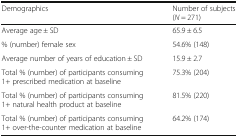
<table><thead><tr><td><b>Demographics</b></td><td><b>Number of subjects (<i>N</i> = 271)</b></td></tr></thead><tbody><tr><td>Average age ± SD</td><td>65.9 ± 6.5</td></tr><tr><td>% (number) female sex</td><td>54.6% (148)</td></tr><tr><td>Average number of years of education ± SD</td><td>15.9 ± 2.7</td></tr><tr><td>Total % (number) of participants consuming 1+ prescribed medication at baseline</td><td>75.3% (204)</td></tr><tr><td>Total % (number) of participants consuming 1+ natural health product at baseline</td><td>81.5% (220)</td></tr><tr><td>Total % (number) of participants consuming 1+ over-the-counter medication at baseline</td><td>64.2% (174)</td></tr></tbody></table>